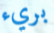
بريء